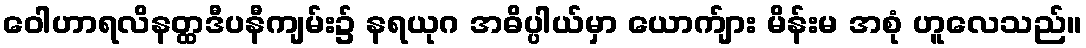
ဝေါဟာရလိနတ္ထဒီပနီကျမ်း၌ နရယုဂ အဓိပ္ပါယ်မှာ ယောက်ျား မိန်းမ အစုံ ဟူလေသည်။